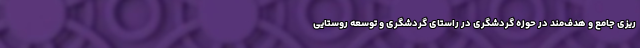
ریزی جامع و هدف‌مند در حوزه گردشگری در راستای گردشگری و توسعه روستایی